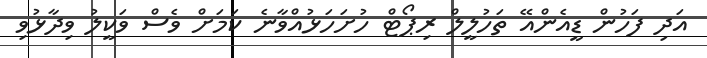
އަދި ފަހުން ޑީއެންއޭ ތަހުލީލް ރިޕޯޓް ހުށަހަޅުއްވާނެ ކަމަށް ވެސް ވަކީލު ވިދާޅުވި